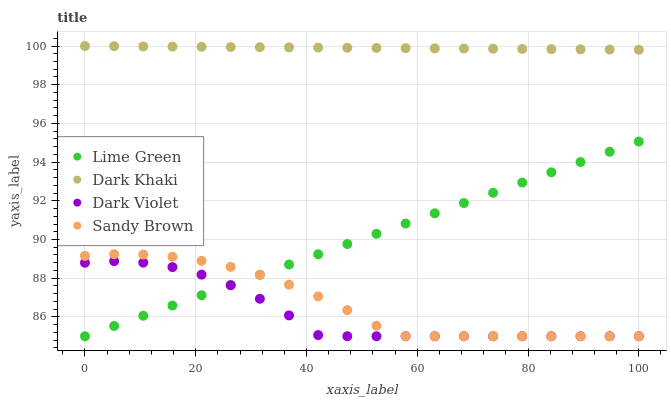
| xaxis_label | Lime Green | Dark Khaki | Dark Violet | Sandy Brown |
 | --- | --- | --- | --- | --- |
 | 0 | 85 | 100 | 88.8 | 89.2 |
 | 5.26 | 85.5 | 100 | 88.9 | 89.2 |
 | 10.5 | 86.1 | 100 | 88.8 | 89.2 |
 | 15.8 | 86.6 | 100 | 88.6 | 89.1 |
 | 21.1 | 87.1 | 100 | 88.2 | 88.9 |
 | 26.3 | 87.6 | 99.9 | 87.6 | 88.6 |
 | 31.6 | 88.2 | 99.9 | 86.9 | 88.2 |
 | 36.8 | 88.7 | 99.9 | 86.1 | 87.7 |
 | 42.1 | 89.2 | 99.9 | 85.1 | 87.1 |
 | 47.4 | 89.8 | 99.9 | 85 | 86.4 |
 | 52.6 | 90.3 | 99.9 | 85 | 85.5 |
 | 57.9 | 90.8 | 99.9 | 85 | 85 |
 | 63.2 | 91.4 | 99.9 | 85 | 85 |
 | 68.4 | 91.9 | 99.9 | 85 | 85 |
 | 73.7 | 92.4 | 99.9 | 85 | 85 |
 | 78.9 | 92.9 | 99.8 | 85 | 85 |
 | 84.2 | 93.5 | 99.8 | 85 | 85 |
 | 89.5 | 94 | 99.8 | 85 | 85 |
 | 94.7 | 94.5 | 99.8 | 85 | 85 |
 | 100 | 95.1 | 99.8 | 85 | 85 |